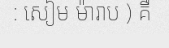
: សៀម ម៉ារាប ) គឺ